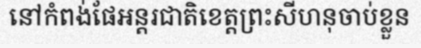
នៅកំពង់ផែអន្តរជាតិខេត្តព្រះសីហនុចាប់ខ្លួន